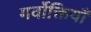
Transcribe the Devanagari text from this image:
गर्वोक्तियाँ